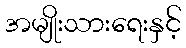
အမျိုးသားရေးနှင့်